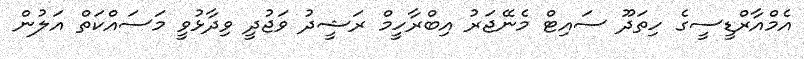
އެމްއާރްޑީސީގެ ހިތަދޫ ސައިޓް މެނޭޖަރު އިބްރާހީމް ރަޝީދު ވަޖުދީ ވިދާޅުވީ މަސައްކަތް އަލުން